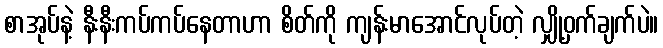
စာအုပ်နဲ့ နီးနီးကပ်ကပ်နေတာဟာ စိတ်ကို ကျန်းမာအောင်လုပ်တဲ့ လျှို့ဝှက်ချက်ပဲ။